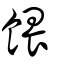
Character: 餵